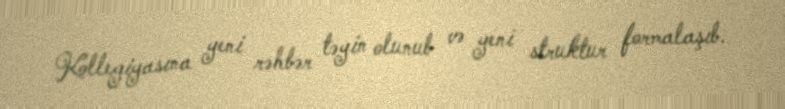
Kollegiyasına yeni rəhbər təyin olunub və yeni struktur formalaşıb.